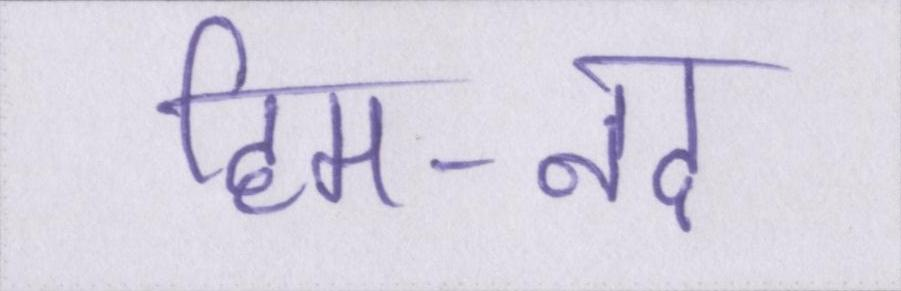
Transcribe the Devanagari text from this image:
हिम-नद